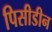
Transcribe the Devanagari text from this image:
पिसीडीन